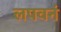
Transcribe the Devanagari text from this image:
लपवनं